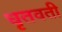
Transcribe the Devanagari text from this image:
धृतवती